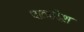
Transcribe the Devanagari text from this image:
धात्वादेश